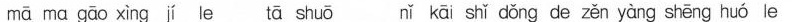
mā ma gāo xìng jí le tā shuō nǐ kāi shì dǒng de zěn yàng shēng huó le